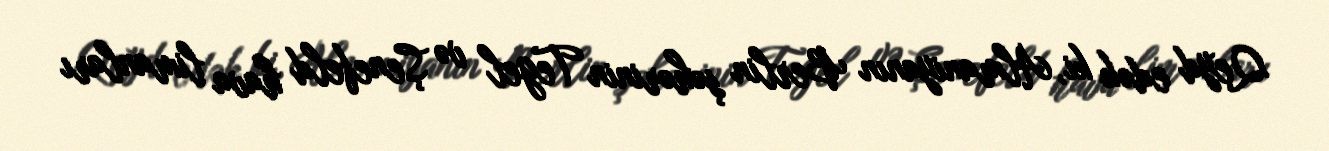
Qeyd edək ki, Almaniyanın Berlin şəhərinin Tegel və Şenefeld hava limanları